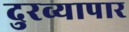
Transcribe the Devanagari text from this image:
दुरव्यापार